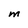
Character: M